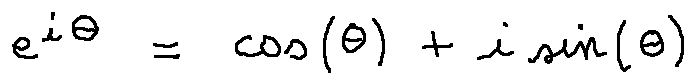
e ^ { i \theta } = \cos ( \theta ) + i \sin ( \theta )